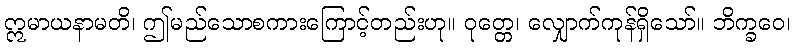
ဣမာယနာမတိ၊ ဤမည်သောစကားကြောင့်တည်းဟု။ ဝုတ္တေ၊ လျှောက်ကုန်ရှိသော်။ ဘိက္ခဝေ၊